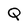
Character: Q